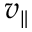
v _ { \parallel }